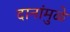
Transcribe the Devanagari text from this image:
दानांमुळे